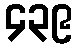
၄၃၉